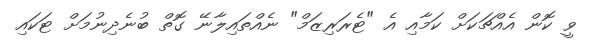
ވީ ކޮން އެއްޗަކަށް ކަމާއި އެ "ޓެރަރިޒަމް" ނެއްތައިލާނޭ ގޮތް ބުނެދިނުމަށް ޓަކައި